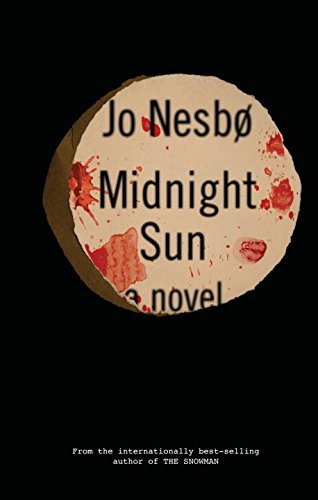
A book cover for Midnight Sun: A novel (Blood on Snow); Jo Nesbo; Mystery, Thriller & Suspense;